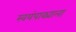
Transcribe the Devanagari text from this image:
स्वयंपाक्याला